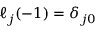
\ell _ { j } ( - 1 ) = \delta _ { j 0 }